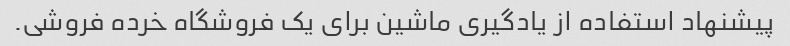
پیشنهاد استفاده از یادگیری ماشین برای یک فروشگاه خرده فروشی.